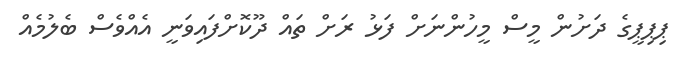
ޕިޕިޕީގެ ދަށުން މީސް މީހުންނަށް ފަޅު ރަށް ތައް ދޫކޮށްފައިވަނީ އެއްވެސް ބެލުމެއް